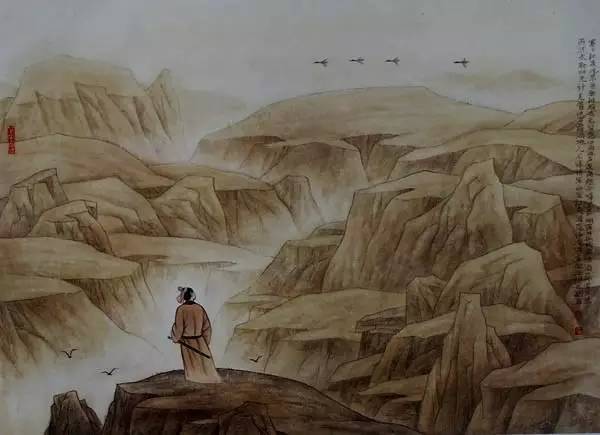
浊酒一杯家万里，燕然未勒归无计。